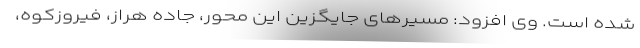
شده است. وی افزود: مسیرهای جایگزین این محور، جاده هراز، فیروزکوه،